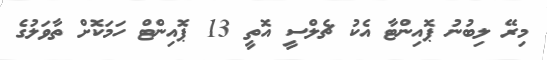
މިރޭ ލިބުނު ޕޮއިންޓާ އެކު ޗެލްސީ އޮތީ 13 ޕޮއިންޓް ހަމަކޮށް ތާވަލުގެ